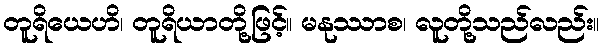
တူရိယေဟိ၊ တူရိယာတို့ဖြင့်။ မနုဿာစ၊ လူတို့သည်လည်း။